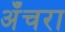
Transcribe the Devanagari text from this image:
अँचरा